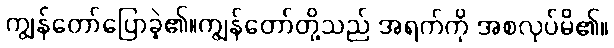
ကျွန်တော်ပြောခဲ့၏။ကျွန်တော်တို့သည် အရက်ကို အစလုပ်မိ၏။